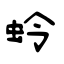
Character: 蛉